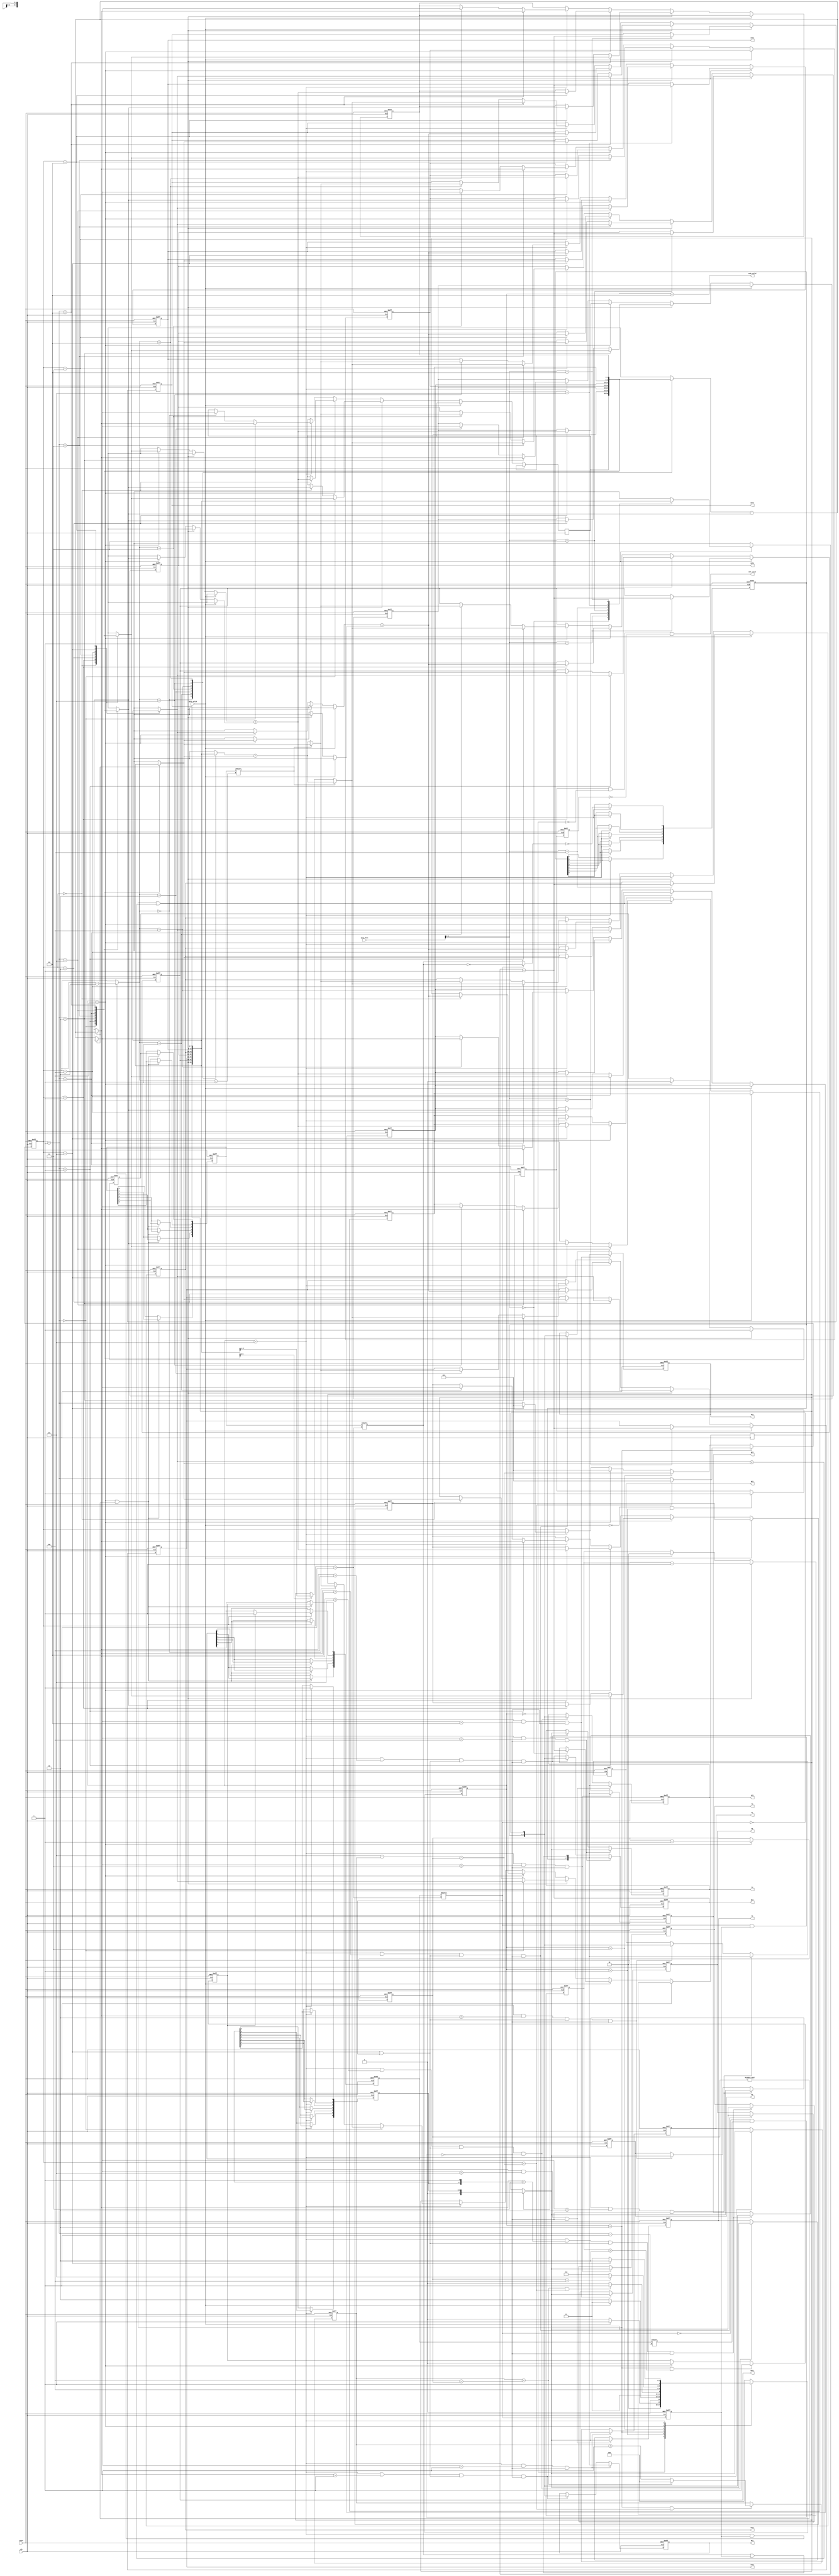
module huffman(
	input 				clk,
	input 				reset,
	input 				gray_valid,
	input 		[7:0] 	gray_data,
	output 				CNT_valid,
	output 		[7:0] 	CNT1, CNT2, CNT3, CNT4, CNT5, CNT6,
	output 				code_valid,
	output 	reg	[7:0] 	HC1, HC2, HC3, HC4, HC5, HC6,
	output	reg	[7:0] 	M1, M2, M3, M4, M5, M6
);


// ====================================================================	//
// 						 		Parameters  							//
// ====================================================================	//
parameter Symbol_A1	= 3'd1;
parameter Symbol_A2	= 3'd2;
parameter Symbol_A3	= 3'd3;
parameter Symbol_A4	= 3'd4;
parameter Symbol_A5	= 3'd5;
parameter Symbol_A6	= 3'd6;

localparam IDLE 			= 3'd0;
localparam STATISTIC		= 3'd1;
localparam SORT				= 3'd2;
localparam INITIALIZATION 	= 3'd3;	// sort
localparam COMBINATION 		= 3'd4;	// sort
localparam SPLIT 			= 3'd5;	// encoding
localparam DONE	 			= 3'd6; // write data


// ====================================================================	//
// 						 		Registers  								//
// ====================================================================	//
reg [2:0] state, next_state;

reg [7:0] prob 		[1:6];	// for A1~A6 numbers
reg [4:0] symbol 	[1:6];	// for A1~A6 symbols, 1+2+3+4+5+6=21

reg [2:0] addr;
reg [2:0] count;
reg [2:0] conbination_times;
reg [1:0] exchange_times;

reg exchange_reg;
reg exchange_2_reg;	// exchange 2 times or more than 2 times

reg [6:1] encoding_reverse_flag;
reg [6:1] mult_set_comb_flag;

reg [6:0] encoding_temp;
reg	[6:0] M_temp;

reg statistic_done_reg, statistic_done_reg_dly1;
reg encoding_2_sets_reg;

// ====================================================================	//
// 							Combination (Wires)  						//
// ====================================================================	//
// state wire
wire IDLE_wire				= state == IDLE;
wire STATISTIC_wire    		= state == STATISTIC;
wire SORT_wire				= state == SORT;
wire INITIALIZATION_wire    = state == INITIALIZATION;
wire COMBINATION_wire       = state == COMBINATION;
wire SPLIT_wire             = state == SPLIT;
wire DONE_wire              = state == DONE;

wire [2:0] next_addr		= addr + 3'd1;
wire addr_done				= addr == 3'd5 - count - conbination_times;
wire exchange_flag			= prob[addr] < prob[next_addr];
wire exchange_2_times_flag	= exchange_times == 2'd2;

// huffman encoding logic
wire encoding_num			= encoding_reverse_flag[addr] | encoding_2_sets_reg;
wire encoding_num_temp		= mult_set_comb_flag[addr] ? ~encoding_reverse_flag[addr] : encoding_reverse_flag[addr];
wire encoding_2_sets		= mult_set_comb_flag[addr];
wire encoding_idle			= (~mult_set_comb_flag[addr]) & mult_set_comb_flag[next_addr];

// split logic
wire [2:0] split_addr		= SPLIT_wire & encoding_2_sets_reg ? (addr - 3'd2) : addr;

wire [7:0] current_prob		= prob[split_addr];
wire [7:0] next_prob		= prob[next_addr];
wire [7:0] pure_prob		= encoding_reverse_flag[split_addr]  ? prob[next_addr] : (prob[split_addr] - prob[next_addr]);
wire [7:0] mixed_prob 		= ~encoding_reverse_flag[split_addr] ? prob[next_addr] : (prob[split_addr] - prob[next_addr]);

wire [4:0] current_symbol	= symbol[split_addr];
wire [4:0] next_symbol		= symbol[next_addr];
wire [4:0] pure_symbol		= encoding_reverse_flag[split_addr]  ? symbol[next_addr] : (symbol[split_addr] - symbol[next_addr]);
wire [4:0] mixed_symbol 	= ~encoding_reverse_flag[split_addr] ? symbol[next_addr] : (symbol[split_addr] - symbol[next_addr]);

// FSM control signals
wire count_done 			= count == 3'd4 - conbination_times;
wire statistic_done 		= ~gray_valid;
wire sort_done 				= count_done & addr_done;
wire combination_done 		= conbination_times == 3'd4;
wire split_done 			= addr == 3'd5;

// output logic
wire encoding_2_sets_pulse	= encoding_2_sets & encoding_2_sets_reg;
wire [7:0] M_common 		= encoding_2_sets_pulse ? M_temp : {M_temp, 1'b1};
wire [7:0] encoding_pure	= {encoding_temp, encoding_num};
wire [7:0] encoding_mixed	= {encoding_temp, !encoding_2_sets};

wire encoding_mixed_1 		= SPLIT_wire & mixed_symbol == 3'd1 & (split_done | encoding_2_sets) & ~encoding_idle;
wire encoding_mixed_2 		= SPLIT_wire & mixed_symbol == 3'd2 & (split_done | encoding_2_sets) & ~encoding_idle;
wire encoding_mixed_3 		= SPLIT_wire & mixed_symbol == 3'd3 & (split_done | encoding_2_sets) & ~encoding_idle;
wire encoding_mixed_4 		= SPLIT_wire & mixed_symbol == 3'd4 & (split_done | encoding_2_sets) & ~encoding_idle;
wire encoding_mixed_5 		= SPLIT_wire & mixed_symbol == 3'd5 & (split_done | encoding_2_sets) & ~encoding_idle;
wire encoding_mixed_6 		= SPLIT_wire & mixed_symbol == 3'd6 & (split_done | encoding_2_sets) & ~encoding_idle;

wire encoding_pure_1		= SPLIT_wire & pure_symbol == 3'd1 & ~encoding_idle;
wire encoding_pure_2		= SPLIT_wire & pure_symbol == 3'd2 & ~encoding_idle;
wire encoding_pure_3		= SPLIT_wire & pure_symbol == 3'd3 & ~encoding_idle;
wire encoding_pure_4		= SPLIT_wire & pure_symbol == 3'd4 & ~encoding_idle;
wire encoding_pure_5		= SPLIT_wire & pure_symbol == 3'd5 & ~encoding_idle;
wire encoding_pure_6		= SPLIT_wire & pure_symbol == 3'd6 & ~encoding_idle;

// output
assign CNT1	= prob[1];
assign CNT2	= prob[2];
assign CNT3	= prob[3];
assign CNT4	= prob[4];
assign CNT5	= prob[5];
assign CNT6	= prob[6];

assign CNT_valid	= statistic_done_reg & !IDLE_wire & !statistic_done_reg_dly1;
assign code_valid	= DONE_wire;

// next state logic
always@(*) begin
	case(state)
		IDLE 			: next_state = gray_valid 			? STATISTIC		: IDLE;
		STATISTIC		: next_state = statistic_done 		? SORT			: STATISTIC;
		SORT			: next_state = sort_done			? INITIALIZATION: SORT;
		INITIALIZATION 	: next_state = COMBINATION;
		COMBINATION 	: next_state = combination_done 	? SPLIT 		: SORT;
		SPLIT 			: next_state = split_done 			? DONE 			: SPLIT;
		DONE	 		: next_state = IDLE;
		default			: next_state = IDLE;
	endcase
end

// ====================================================================	//
// 						 		Sequential  							//
// ====================================================================	//
// FSM
always@(posedge clk or posedge reset) begin
	if(reset) begin
		state <= IDLE;
	end
	else begin
		state <= next_state;
	end
end

// Buffer
integer i;
always@(posedge clk or posedge reset) begin
	if(reset) begin
		for(i=1; i<7; i=i+1) begin
			prob  [i] <= 8'd0;
			symbol[i] <= i;
		end
	end
	else if(gray_valid) begin
		prob[gray_data] <= prob[gray_data] + 8'd1;
	end
	else if(SORT_wire & exchange_flag) begin
		prob[addr] 			<= prob[next_addr];
		prob[next_addr] 	<= prob[addr];
		
		symbol[addr] 		<= symbol[next_addr];
		symbol[next_addr] 	<= symbol[addr];
	end
	else if(COMBINATION_wire) begin
		prob[addr] 			<= prob[addr] 	+ prob[next_addr];
		symbol[addr] 		<= symbol[addr] + symbol[next_addr];
	end
	else if(SPLIT_wire) begin
		prob[split_addr] 	<= pure_prob;
		prob[next_addr] 	<= mixed_prob;
		
		symbol[split_addr] 	<= pure_symbol;
		symbol[next_addr] 	<= mixed_symbol;
	end
end

// counters
always@(posedge clk or posedge reset) begin
	if(reset) begin
		addr <= 3'd1;
	end             
	else if(SORT_wire) begin
		addr <= addr_done ? 3'd1 : (addr + 3'd1);
	end
	else if(INITIALIZATION_wire) begin
		addr <= 3'd5 - count - conbination_times;
	end
	else if(COMBINATION_wire) begin
		addr <= 3'd1;
	end
	else if(SPLIT_wire) begin
		addr <= (addr == 3'd5) ? 3'd1 : (addr + 3'd1);
	end
end

always@(posedge clk or posedge reset) begin
	if(reset) begin
		count <= 3'd0;
	end             
	else if(SORT_wire & addr_done) begin
		count <= count_done ? 3'd0 : (count + 3'd1);
	end
end

always@(posedge clk or posedge reset) begin
	if(reset) begin
		conbination_times <= 3'd0;
	end             
	else if(COMBINATION_wire) begin
		conbination_times <= conbination_times + 3'd1;
	end
end

always@(posedge clk or posedge reset) begin
	if(reset) begin
		exchange_times <= 2'd0;
	end
	else if(SORT_wire & exchange_flag) begin
		exchange_times <= exchange_times + 2'd1;
	end
	else if(COMBINATION_wire) begin
		exchange_times <= 2'd0;
	end
end


always@(posedge clk or posedge reset) begin
	if(reset) begin
		exchange_reg <= 1'b0;
	end
	else if(SORT_wire & exchange_flag) begin
		exchange_reg <= 1'b1;
	end
	else if(COMBINATION_wire) begin
		exchange_reg <= 1'b0;
	end
end

always@(posedge clk or posedge reset) begin
	if(reset) begin
		exchange_2_reg <= 1'b0;
	end
	else if(SORT_wire & exchange_2_times_flag) begin
		exchange_2_reg <= 1'b1;
	end
	else if(COMBINATION_wire) begin
		exchange_2_reg <= 1'b0;
	end
end

always@(posedge clk or posedge reset) begin
	if(reset) begin
		encoding_2_sets_reg <= 1'b0;
	end
	else begin
		encoding_2_sets_reg <= encoding_2_sets;
	end
end

// record each sub set combined position
always@(posedge clk or posedge reset) begin
	if(reset) begin
		mult_set_comb_flag <= 6'd0;
	end             
	else if(COMBINATION_wire & (conbination_times != 3'd0)) begin
		mult_set_comb_flag[1] <= exchange_2_reg;
		mult_set_comb_flag[2] <= exchange_2_reg ? 1'b1 : mult_set_comb_flag[1];
		mult_set_comb_flag[3] <= mult_set_comb_flag[2];
		mult_set_comb_flag[4] <= mult_set_comb_flag[3];
		mult_set_comb_flag[5] <= mult_set_comb_flag[4];
		mult_set_comb_flag[6] <= mult_set_comb_flag[5];
	end
end

// record each mixed set lager than pure symbol
always@(posedge clk or posedge reset) begin
	if(reset) begin
		encoding_reverse_flag <= 6'd0;
	end             
	else if(COMBINATION_wire & (conbination_times != 3'd0)) begin
		encoding_reverse_flag[1] <= exchange_reg;
		encoding_reverse_flag[2] <= encoding_reverse_flag[1];
		encoding_reverse_flag[3] <= encoding_reverse_flag[2];
		encoding_reverse_flag[4] <= encoding_reverse_flag[3];
		encoding_reverse_flag[5] <= encoding_reverse_flag[4];
		encoding_reverse_flag[6] <= encoding_reverse_flag[5];
	end
end

always@(posedge clk or posedge reset) begin
	if(reset) begin
		encoding_temp <= 8'd0;
	end             
	else if(SPLIT_wire) begin
		encoding_temp[0] <= ~encoding_num_temp;
		encoding_temp[1] <= encoding_temp[0];
		encoding_temp[2] <= encoding_temp[1];
		encoding_temp[3] <= encoding_temp[2];
		encoding_temp[4] <= encoding_temp[3];
		encoding_temp[5] <= encoding_temp[4];
		encoding_temp[6] <= encoding_temp[5];
	end
end

always@(posedge clk or posedge reset) begin
	if(reset) begin
		M_temp <= 7'd0;
	end             
	else if(SPLIT_wire) begin
		M_temp[0] <= 1'b1;
		M_temp[1] <= M_temp[0];
		M_temp[2] <= M_temp[1];
		M_temp[3] <= M_temp[2];
		M_temp[4] <= M_temp[3];
		M_temp[5] <= M_temp[4];
		M_temp[6] <= M_temp[5];
	end
end

// output
always@(posedge clk or posedge reset) begin
	if(reset) begin
		HC1 <= 8'd0;
		M1	<= 8'd0;
	end
	else if(encoding_pure_1) begin
		HC1 <= encoding_pure;
		M1	<= M_common;
	end
	else if(encoding_mixed_1) begin
		HC1 <= encoding_mixed;
		M1	<= M_common;
	end
end

always@(posedge clk or posedge reset) begin
	if(reset) begin
		HC2 <= 8'd0;
		M2	<= 8'd0;
	end             
	else if(encoding_pure_2) begin
		HC2 <= encoding_pure;
		M2	<= M_common;
	end
	else if(encoding_mixed_2) begin
		HC2 <= encoding_mixed;
		M2	<= M_common;
	end
end

always@(posedge clk or posedge reset) begin
	if(reset) begin
		HC3 <= 8'd0;
		M3	<= 8'd0;
	end             
	else if(encoding_pure_3) begin
		HC3 <= encoding_pure;
		M3	<= M_common;
	end
	else if(encoding_mixed_3) begin
		HC3 <= encoding_mixed;
		M3	<= M_common;
	end
end

always@(posedge clk or posedge reset) begin
	if(reset) begin
		HC4 <= 8'd0;
		M4	<= 8'd0;
	end             
	else if(encoding_pure_4) begin
		HC4 <= encoding_pure;
		M4	<= M_common;
	end
	else if(encoding_mixed_4) begin
		HC4 <= encoding_mixed;
		M4	<= M_common;
	end
end

always@(posedge clk or posedge reset) begin
	if(reset) begin
		HC5 <= 8'd0;
		M5	<= 8'd0;
	end             
	else if(encoding_pure_5) begin
		HC5 <= encoding_pure;
		M5	<= M_common;
	end
	else if(encoding_mixed_5) begin
		HC5 <= encoding_mixed;
		M5	<= M_common;
	end
end

always@(posedge clk or posedge reset) begin
	if(reset) begin
		HC6 <= 8'd0;
		M6	<= 8'd0;
	end             
	else if(encoding_pure_6) begin
		HC6 <= encoding_pure;
		M6	<= M_common;
	end
	else if(encoding_mixed_6) begin
		HC6 <= encoding_mixed;
		M6	<= M_common;
	end
end

// statistic CNT output control
always@(posedge clk or posedge reset) begin
	if(reset) begin
		statistic_done_reg <= 1'b0;
	end       
	else if(statistic_done & STATISTIC_wire) begin
		statistic_done_reg <= 1'b1;
	end
end

always@(posedge clk or posedge reset) begin
	if(reset) begin
		statistic_done_reg_dly1 <= 1'b0;
	end       
	else begin
		statistic_done_reg_dly1 <= statistic_done_reg;
	end
end

endmodule